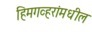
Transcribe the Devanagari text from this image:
हिमगव्हरांमधील